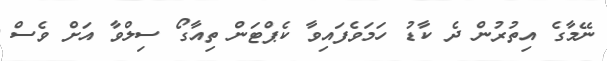
ނޭމާގެ އިތުރުން ދެ ކާޑު ހަމަވެފައިވާ ކެޕްޓަން ތިއާގޯ ސިލްވާ އަށް ވެސް